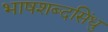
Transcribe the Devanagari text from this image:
भाषशब्दसिंधु